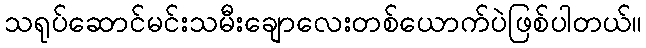
သရုပ်ဆောင်မင်းသမီးချောလေးတစ်ယောက်ပဲဖြစ်ပါတယ်။